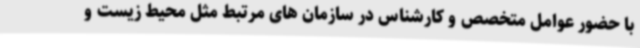
با حضور عوامل متخصص و کارشناس در سازمان های مرتبط مثل محیط زیست و